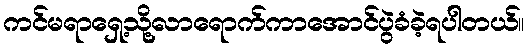
ကင်မရာရှေ့သို့လာရောက်ကာအောင်ပွဲခံခဲ့ရပါတယ်။